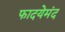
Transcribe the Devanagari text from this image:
फादयेमंद